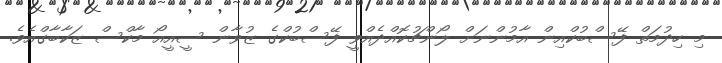
މި ހިދުމަތް ފޭސްބުކްއިން އާމުންނަށް ލޯންޗުކޮއްދެއްވީ ފޭސްބުކްގެ ޒުވާން ސީއީއޯ މާކްސް ޒަކާބާގްއެވެ.